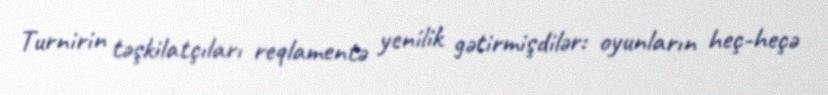
Turnirin təşkilatçıları reqlamentə yenilik gətirmişdilər: oyunların heç-heçə